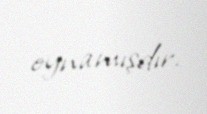
oynamışdır.